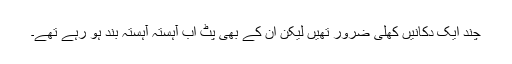
چند ایک دُکانیں کھلی ضرور تھیں لیکن ان کے بھی پٹ اب آہستہ آہستہ بند ہو رہے تھے۔